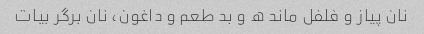
نان پیاز و فلفل ماند ه و بد طعم و داغون، نان برگر بیات